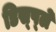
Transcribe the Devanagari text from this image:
डिस्‍प्‍ले